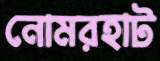
নোমরহাট